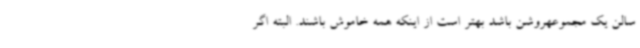
سالن یک مجموعهروشن باشد بهتر است از اینکه همه خاموش باشند. البته اگر